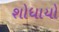
શોધાયો